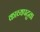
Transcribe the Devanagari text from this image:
काव्यपटुता